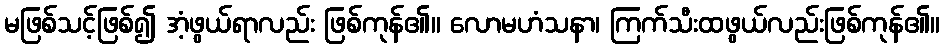
မဖြစ်သင့်ဖြစ်၍ အံ့ဖွယ်ရာလည်း ဖြစ်ကုန်၏။ လောမဟံသနာ၊ ကြက်သီးထဖွယ်လည်းဖြစ်ကုန်၏။